Annual report of the Punjab Veterinary College and of the Civil Veterinary Department, Punjab - 1894-1908
Year: 1894
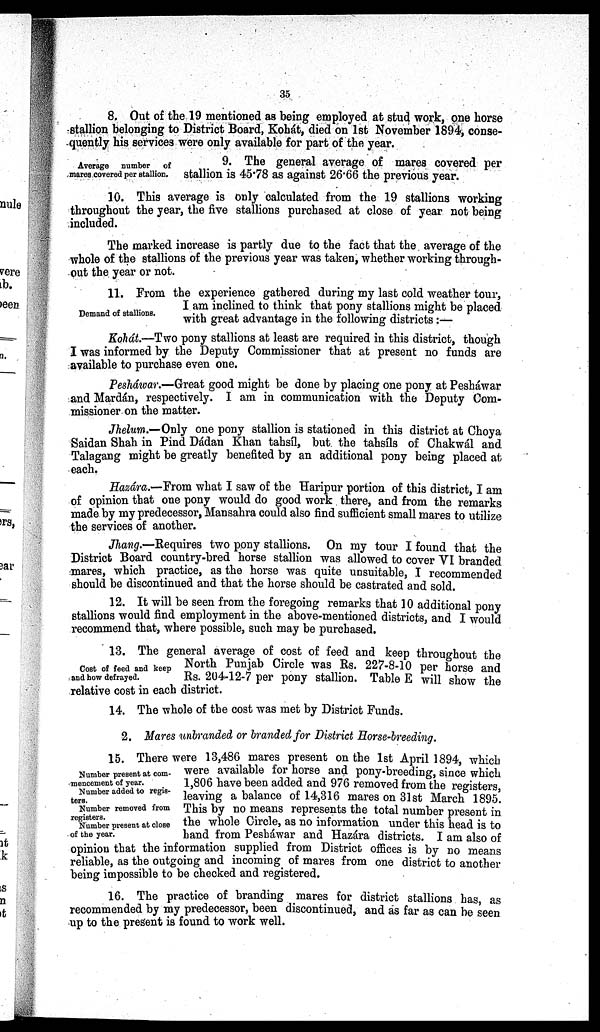
35
8. Out of the 19 mentioned as being employed at stud work, one horse
stallion belonging to District Board, Kohát, died on 1st November 1894, conse-
quently his services were only available for part of the year.
Average number of
mares covered per stallion.
9. The general average of mares covered per
stallion is 45.78 as against 26.66 the previous year.
10. This average is only calculated from the 19 stallions working
throughout the year, the five stallions purchased at close of year not being
included.
The marked increase is partly due to the fact that the average of the
whole of the stallions of the previous year was taken, whether working through-
out the year or not.
Demand of stallions.
11. From the experience gathered during my last cold weather tour,
I am inclined to think that pony stallions might be placed
with great advantage in the following districts:—
Kohát.—Two pony stallions at least are required in this district, though
I was informed by the Deputy Commissioner that at present no funds are
available to purchase even one.
Pesháwar.—Great good might be done by placing one pony at Peshawar
and Mardán, respectively. I am in communication with the Deputy Com-
missioner on the matter.
Jhelum.—Only one pony stallion is stationed in this district at Choya
Saidan Shah in Pind Dádan Khan tahsíl, but. the tahsíls of Chakwál and
Talagang might be greatly benefited by an additional pony being placed at
each.
Hazára.—From what I saw of the Haripur portion of this district, I am
of opinion that one pony would do good work there, and from the remarks
made by my predecessor, Mansahra could also find sufficient small mares to utilize
the services of another.
Jhang.—Requires two pony stallions. On my tour I found that the
District Board country-bred horse stallion was allowed to cover VI branded
mares, which practice, as the horse was quite unsuitable, I recommended
should be discontinued and that the horse should be castrated and sold.
12. It will be seen from the foregoing remarks that 10 additional pony
stallions would find employment in the above-mentioned districts, and I would
recommend that, where possible, such may be purchased.
Cost of feed and keep
and bow defrayed.
13. The general average of cost of feed and keep throughout the
North Punjab Circle was Rs. 227-8-10 per horse and
Rs. 204-12-7 per pony stallion. Table E will show the
relative cost in each district.
14. The whole of the cost was met by District Funds.
2. Mares unbranded or branded for District Horse-breeding.
Number present at com-
mencement of year.
Number added to regis-
ters.
Number removed from
registers.
Number present at close
of the year.
15. There were 13,486 mares present on the 1st April 1894, which
were available for horse and pony-breeding, since which
1,806 have been added and 976 removed from the registers,
leaving a balance of 14,316 mares on 31st March 1895.
This by no means represents the total number present in
the whole Circle, as no information under this head is to
hand from Peshawar and Hazára districts. I am also of
opinion that the information supplied from District offices is by no means
reliable, as the outgoing and incoming of mares from one district to another
being impossible to be checked and registered.
16. The practice of branding mares for district stallions has, as
recommended by my predecessor, been discontinued, and as far as can be seen
up to the present is found to work well.